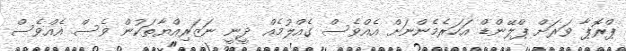
ޕްރޮޕާ ވަރަށް ޕްލޭންޑް އަހަރެމެންނަށް އެއްވެސް ގެއްލުމެއް ދީނީ ނަޒަރިއްޔާތަކުން ވެސް އެއްވެސް